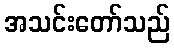
အသင်းတော်သည်